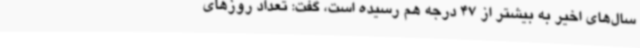
سال‌های اخیر به بیشتر از 47 درجه هم رسیده است، گفت: تعداد روزهای